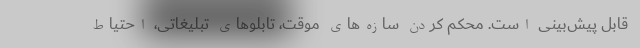
قابل پیش‌بینی است. محکم کردن سازه‌های موقت، تابلوهای تبلیغاتی، احتیاط